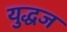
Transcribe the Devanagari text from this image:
युद्धज